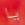
يا